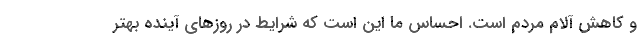
و کاهش آلام مردم است. احساس ما این است که شرایط در روزهای آینده بهتر